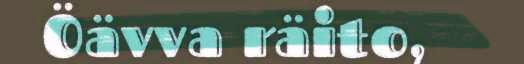
Öävva räito,